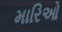
મારિઓ